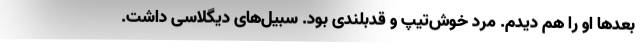
بعدها او را هم دیدم. مرد خوش‌تیپ و قدبلندی بود. سبیل‌های دیگلاسی داشت.